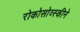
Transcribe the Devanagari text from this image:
रोकोसोव्स्कीने